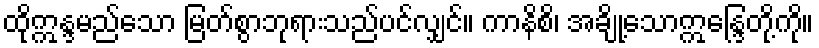
ထိုဣန္ဒမည်သော မြတ်စွာဘုရားသည်ပင်လျှင်။ ကာနိစိ၊ အချို့သောဣန္ဒြေတို့ကို။